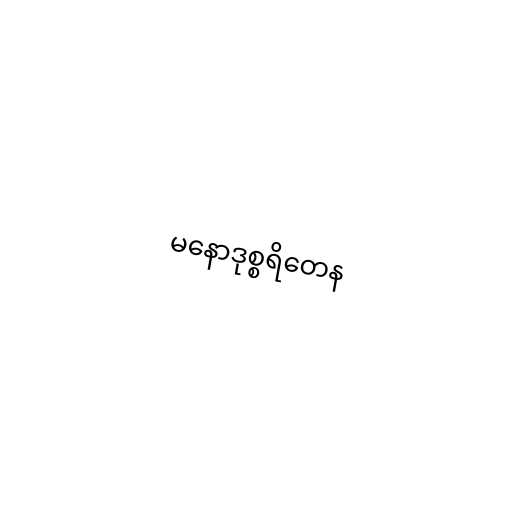
မနောဒုစ္စရိတေန